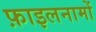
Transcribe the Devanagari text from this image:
फ़ाइलनामों